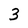
Character: 3